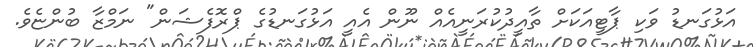
އަޅުގަނޑު ވަކި ޕާޓީއަކަށް ތާއީދުކުރަނީއެއް ނޫން އެއީ އަޅުގަނޑުގެ ޕްރޮފެޝަން" ނަމްޒާ ބުންޏެވެ.